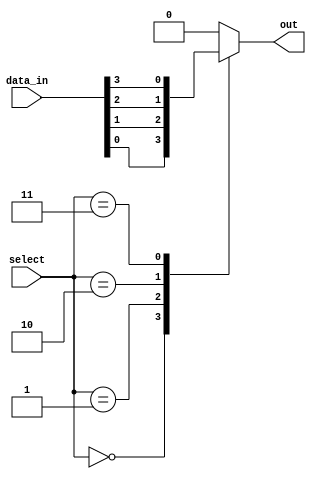
module multiplexer(
    input [31:0] data_in, // 32 input pins
    input [4:0] select, // 5 select pins
    output reg out
);

always @(*) begin
    case(select)
        5'b00000: out = data_in[0];
        5'b00001: out = data_in[1];
        5'b00010: out = data_in[2];
        5'b00011: out = data_in[3];
        // Add lines for selecting input pins 4 to 31
        // 5'b11111: out = data_in[31];
        default: out = 0; // default case, output 0 if select is invalid
    endcase
end

endmodule